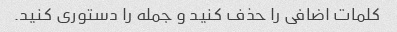
کلمات اضافی را حذف کنید و جمله را دستوری کنید.